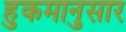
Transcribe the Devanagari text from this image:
हुकमानुसार